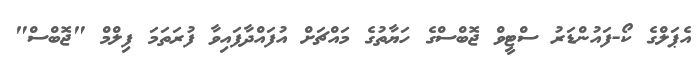
އެޕަލްގެ ކޯ-ފައުންޑަރު ސްޓީވް ޖޮބްސްގެ ހަޔާތުގެ މައްޗަށް އުފައްދާފައިވާ ފުރަތަމަ ފިލްމް "ޖޮބްސް"